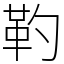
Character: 靮